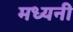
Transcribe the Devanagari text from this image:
मध्यनी